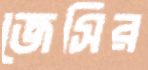
জেসির